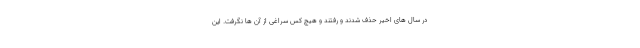
در سال های اخیر حذف شدند و رفتند و هیچ کس سراغی از آن ها نگرفت. این